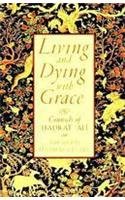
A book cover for Living & Dying with Grace; Hadrat Ali; Religion & Spirituality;